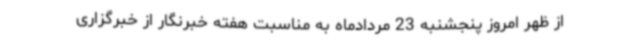
از ظهر امروز پنجشنبه 23 مردادماه به مناسبت هفته خبرنگار از خبرگزاری